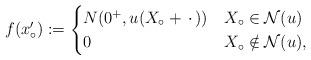
LaTeX: \begin{align*}f(x_\circ') := \begin{cases}N(0^+,u(X_\circ + \,\cdot\,)) & X_\circ \in \mathcal{N}(u)\\0 & X_\circ \notin \mathcal{N}(u),\end{cases}\end{align*}